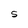
Character: S